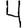
Digit: 4